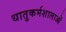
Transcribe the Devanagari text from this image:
धातुकर्मशालाओं